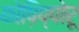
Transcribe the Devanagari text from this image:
कोष़िप्पोरू